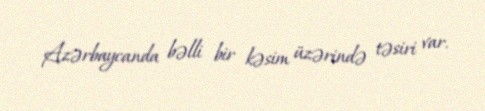
Azərbaycanda bəlli bir kəsim üzərində təsiri var.